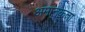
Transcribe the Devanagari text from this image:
अमानकता